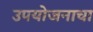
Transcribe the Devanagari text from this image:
उपयोजनाचा